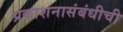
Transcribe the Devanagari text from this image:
प्रकाशनासंबंधीची